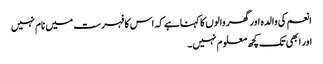
انعم کی والدہ اور گھر والوں کا کہناہے کہ اس کا فہرست میں نام نہیں
اور ابھی تک کچھ معلوم نہیں ۔